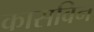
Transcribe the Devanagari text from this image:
कासविन